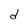
Character: d